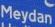
meydan